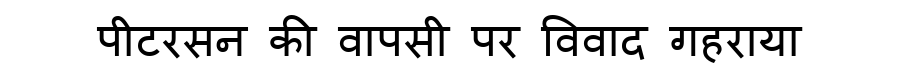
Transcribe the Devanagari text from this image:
पीटरसन की वापसी पर विवाद गहराया